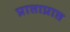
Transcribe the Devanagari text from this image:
प्राप्ताप्राप्त